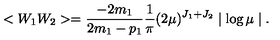
< W _ { 1 } W _ { 2 } > = \frac { - 2 m _ { 1 } } { 2 m _ { 1 } - p _ { 1 } } \frac { 1 } { \pi } ( 2 \mu ) ^ { J _ { 1 } + J _ { 2 } } \mid \log \mu \mid .